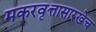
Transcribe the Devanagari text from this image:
मकरवृत्तासारखेच